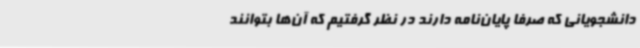
دانشجویانی که صرفا پایان‌نامه دارند در نظر گرفتیم که آن‌ها بتوانند